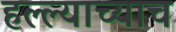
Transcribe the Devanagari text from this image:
हल्ल्याच्याच